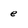
Character: e